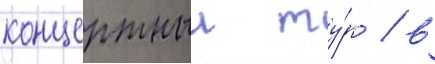
концертныи ту́р / в